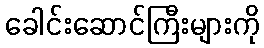
ခေါင်းဆောင်ကြီးများကို